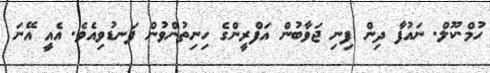
ހުމް.ކޫލް. ނައުފާ ދިން ފިނި ޖަވާބުން އަފްރީންގެ ހިނިތުންވުން ފަނޑުވިއެވެ. އެއީ އޭނަ